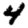
Digit: 4